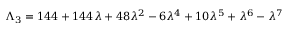
\Lambda _ { 3 } = 1 4 4 + 1 4 4 \lambda + 4 8 \lambda ^ { 2 } - 6 \lambda ^ { 4 } + 1 0 \lambda ^ { 5 } + \lambda ^ { 6 } - \lambda ^ { 7 }